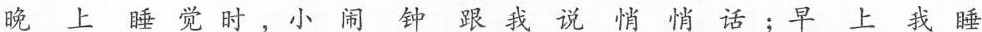
晚上睡觉时，小闹钟跟我说悄悄话；早上我睡